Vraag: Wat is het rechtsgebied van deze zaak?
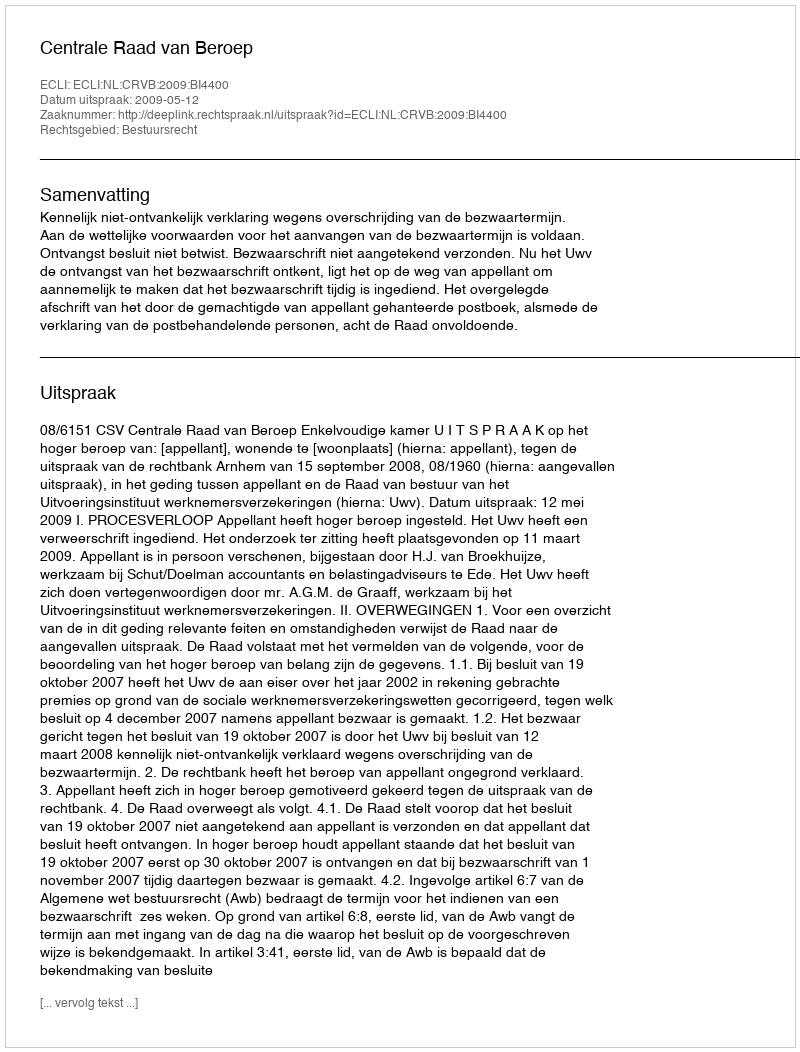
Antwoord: Bestuursrecht